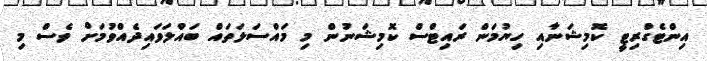
އިންޓެގްރިޓީ ކޮމިޝަނާއި ހިޔުމަން ރައިޓްސް ކޮމިޝަނުން މި މައްސަލަތައް ބައްލަވައިދެއްވުމަށް ވެސް މި